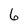
Character: 6